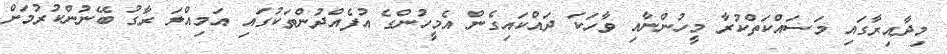
މިދާއިރާގައި މަސައްކަތްކުރާ މީހުންނާއި ވާހަކަ ދައްކައިގެން އެމީހުންގެ އުފެއްދުންތަކުގައި އަމިއްލަ ރާގު ބޭނުންކުރުމަށް